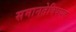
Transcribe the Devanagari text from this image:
समानतेविषयक